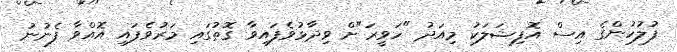
ފުލުހުންގެ އިސް އޮފިޝަލަކު މިއަދު "ހަވީރަ"ށް ވިދާޅުވެފައިވާ ގޮތުގައި މަރުވެފައި އޮއްވާ ފެނުނު